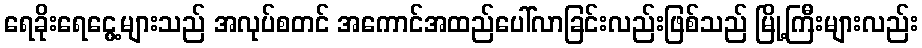
ရေခိုးရေငွေ့များသည် အလုပ်စတင် အကောင်အထည်ပေါ်လာခြင်းလည်းဖြစ်သည် မြို့ကြီးများလည်း